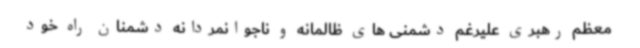
معظم رهبری علیرغم دشمنی های ظالمانه و ناجوانمردانه دشمنان راه خود